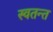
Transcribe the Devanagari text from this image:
स्वतन्त